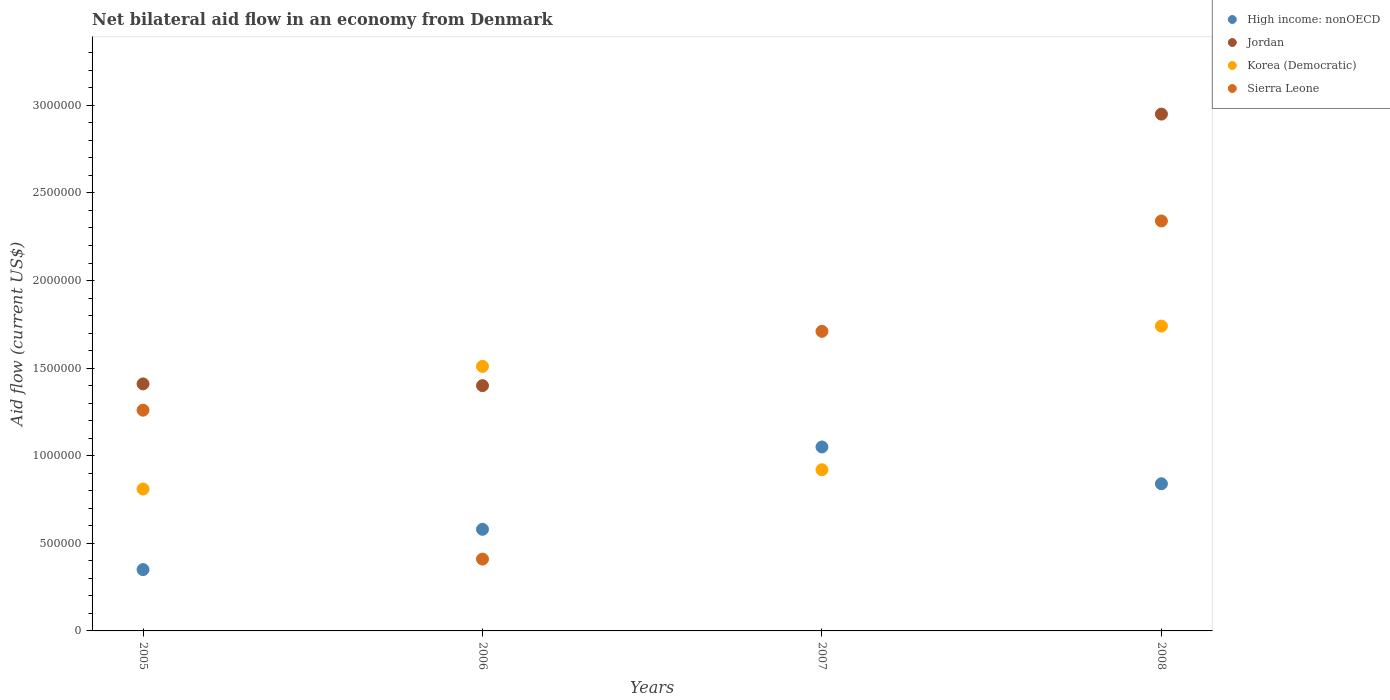
| Years | High income: nonOECD | Jordan | Korea (Democratic) | Sierra Leone |
 | --- | --- | --- | --- | --- |
 | 2005 | 3.5e+05 | 1.41e+06 | 8.1e+05 | 1.26e+06 |
 | 2006 | 5.8e+05 | 1.4e+06 | 1.51e+06 | 4.1e+05 |
 | 2007 | 1.05e+06 | -5.9e+06 | 9.2e+05 | 1.71e+06 |
 | 2008 | 8.4e+05 | 2.95e+06 | 1.74e+06 | 2.34e+06 |